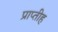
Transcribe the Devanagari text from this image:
प्राप्तीह